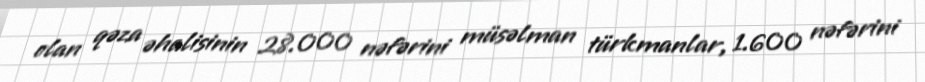
olan qəza əhalisinin 28.000 nəfərini müsəlman türkmanlar, 1.600 nəfərini